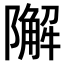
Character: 𨼬